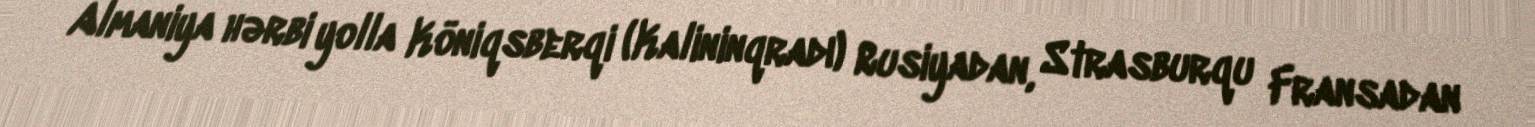
Almaniya hərbi yolla Köniqsberqi (Kalininqradı) Rusiyadan, Strasburqu Fransadan